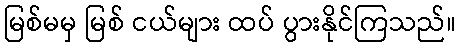
မြစ်မမှ မြစ် ငယ်များ ထပ် ပွားနိုင်ကြသည်။